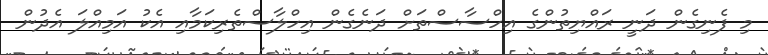
މި ފެނިގެން ދަނީ ރައްޔިތުންގެ އިހްސާސްތަށް ދަނެގެން އިހްލާސްތެރިކަމާއި އެކު އަމިއްލަ އެދުން